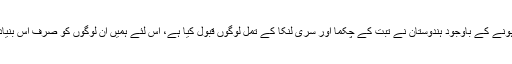
" سابق وزیر مملکت نے کہا کہ بین الاقوامی معاہدے پر دستخط نہ ہونے کے باوجود ہندوستان نے تبت کے چکما اور سری لنکا کے تمل لوگوں قبول کیا ہے، اس لئے ہمیں ان لوگوں کو صرف اس بنیاد پر مسترد نہیں کرنا چاہئے کہ وہ الگ مذہب سے تعلق رکھتے ہیں۔